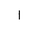
Letter: _alif